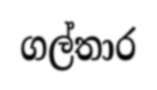
ගල්තාර